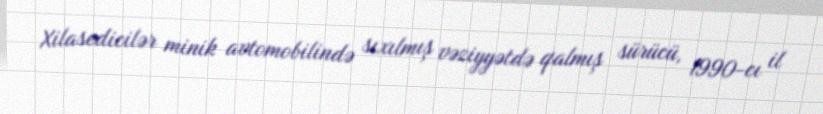
Xilasedicilər minik avtomobilində sıxılmış vəziyyətdə qalmış sürücü, 1990-cı il